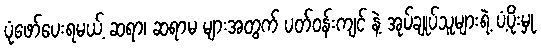
ပုံဖော်ပေးရမယ့် ဆရာ၊ ဆရာမ များအတွက် ပတ်ဝန်းကျင် နဲ့ အုပ်ချုပ်သူများရဲ့ ပံ့ပိုးမှု